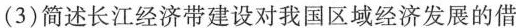
(3)简述长江经济带建设对我国区域经济发展的借